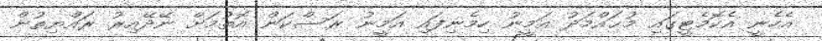
އެހެނީ އެކޮމެޓީގައި މުޙައްމަދު އަމީނު ހިމެނިފައި އަމީނު ރަސްކަން އޮތުމަށް ނޭދޭއިރު ރައްޔިތުން